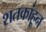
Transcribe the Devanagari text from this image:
शतकांहून